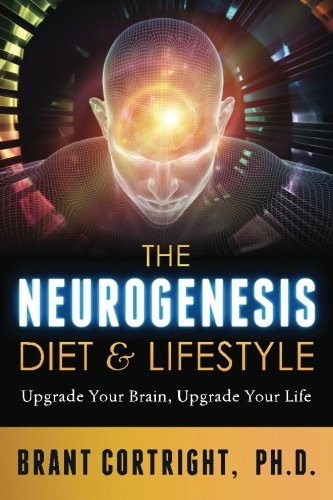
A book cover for The Neurogenesis Diet and Lifestyle: Upgrade Your Brain, Upgrade Your Life; Brant Cortright Ph.D.; Health, Fitness & Dieting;